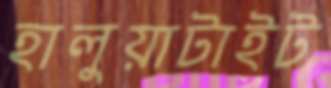
হালুয়াটাইট